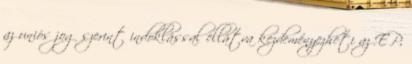
az uniós jog szerint indoklással ellátva kezdeményezheti az EP,